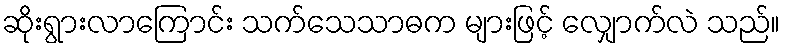
ဆိုးရွားလာကြောင်း သက်သေသာဓက များဖြင့် လျှောက်လဲ သည်။